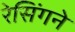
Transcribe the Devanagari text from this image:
रेसिंगने